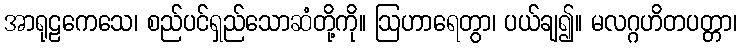
အာရုဠကေသေ၊ စည်ပင်ရှည်သောဆံတို့ကို။ ဩဟာရေတွာ၊ ပယ်ချ၍။ မလဂ္ဂဟိတပတ္တာ၊